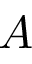
A